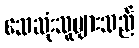
သေဆုံးသူများသည်